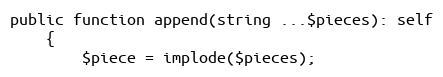
Language: PHP
public function append(string ...$pieces): self
    {
        $piece = implode($pieces);